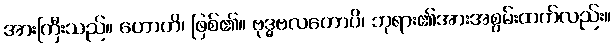
အားကြီးသည်။ ဟောတိ၊ ဖြစ်၏။ ဗုဒ္ဓဗလတောပိ၊ ဘုရား၏အားအစွမ်းထက်လည်း။